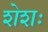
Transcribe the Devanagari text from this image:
शेशः